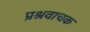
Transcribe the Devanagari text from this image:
प्रश्रवाचक